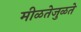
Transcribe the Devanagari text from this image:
मीळतेजुळते